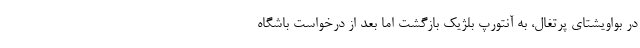
در بواویشتای پرتغال، به آنتورپ بلژیک بازگشت اما بعد از درخواست باشگاه